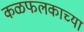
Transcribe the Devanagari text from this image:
कळफलकाच्या